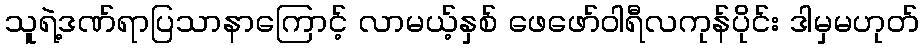
သူရဲ့ဒဏ်ရာပြသာနာကြောင့် လာမယ့်နှစ် ဖေဖော်ဝါရီလကုန်ပိုင်း ဒါမှမဟုတ်